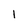
Character: 1